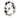
0